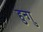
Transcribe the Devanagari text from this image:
हुन्गु